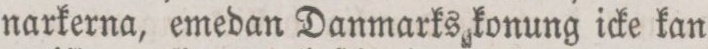
narkerna, emedan Danmarks konung icke kan